Mustjala_vallavalitsus, lk 37
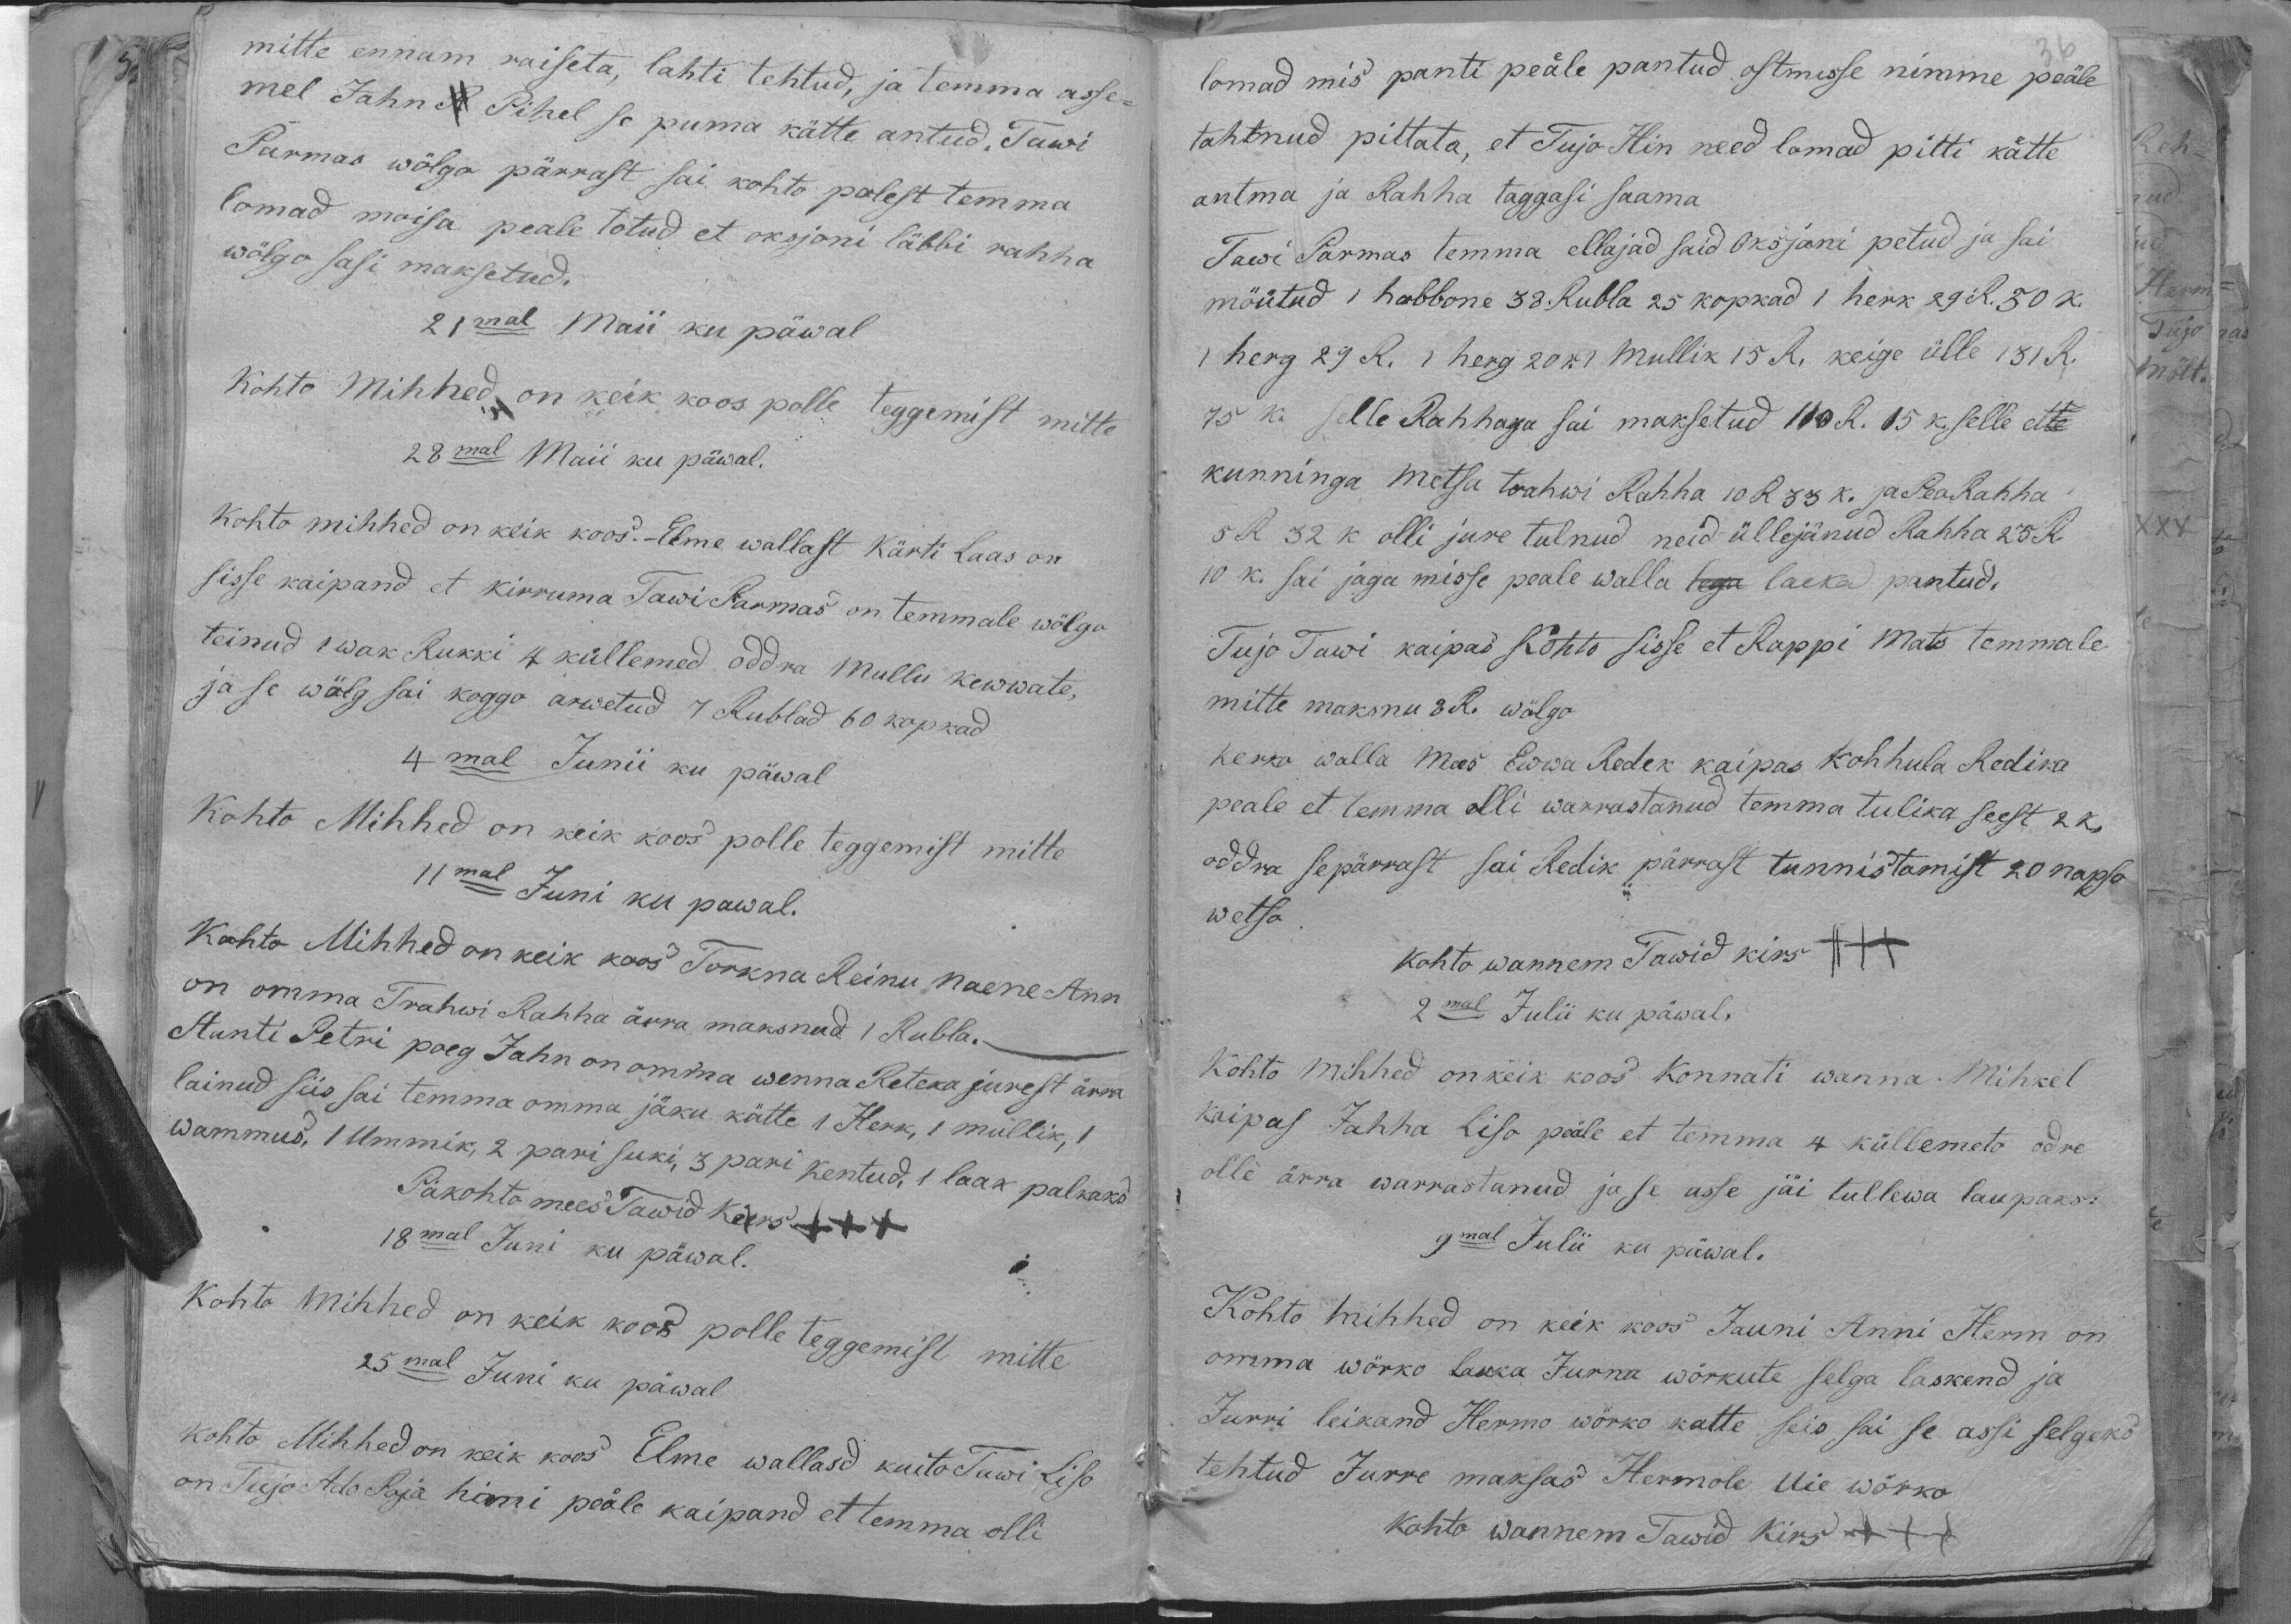
mitte ennam raiseta, lahti tehtud, ja temma asse-
mel Jahn Pihel se puma kätte antud. Tawi
Parmas wölga pärrast sai kohto polest temma
lomad moisa peale totud et oksjoni läbbi rahha
wölgo sasi maksetud.
21mal Maii ku päwal
Kohto Mihhed on keik koos polle teggemist mitte
28mal Maii ku päwal.
kohto mihhed on keik koos.- Elme wallast kärti Laas on
sisse kaipand et kirruma Tawi Parmas on temmale wõlgo
teinud 1 wak Rukki 4 küllemed oddra Mullu kewwate,
ja se wölg sai koggo arwetud 7 Rublad 60 kopkad
4mal Junii ku päwal.
Kohto Mihhed on keik koos polle teggemist mitte
11mal Juni ku päwal.
Kohto Mihhed on keik koos Torkna Reinu naene Ann-
on omma Trahwi Rahha ärra maksnud 1 Rubla.
Aanti Petri poeg Jahn on omma wenna Reteka jurest ärra
lainud siis sai temma omma jäku kätte 1 Herk, 1 mullik, 1
wammus, 1 Ummik, 2 pari suki, 3 pari kentud, 1 laak palkaks
Päkohto mees Tawid Kers +++
18mal Juni ku päwal.
Kohto Mihhed on keik koos polle teggemist mitte
25mal Juni ku päwal
kohto Mihhed on keik koos Elme wallasd kuito Tawi Liso
on Tujo Ado Poja hinni peäle kaipand et temma olli

lomad mis panti peäle pantud ostmisse nimme peäle
tahtnud pittata, et Tujo Hin need lomad pitti kätte
antma ja Rahha taggasi saama.
Tawi Parmas temma ellajad said Oksjoni petud ja sai
möütud 1 hobbone 38. Rubla 25 kopkad 1 herk 29 R. 50 k.
1 herg 29 R. 1 herg 20 k. 1 Mullik 15 R. keige ülle 131 R.
75 k. selle Rahhaga sai maksetud 110 R. 15 k. selle
kunninga metsa trahwi Rahha 10 R 33 k. ja PeaRahha
5 R 32 k olli jure tulnud neid üllejänud Rahha 25 R.
10 k. sai jagamisse peale walla laeka pantud.
Tujo Tawi käipas kohto sisse et Kappi Mats temmale
mitte maksnu 3 R. wölgo
Kerko walla Mees Ewwa Redek kaipas kohhula Redika
peale et temma olli warrastanud temma tulika seest 2 k.
oddra se pärrast sai Redik pärras tunnistamist 20 napso
wetsa
kohto wannem Tawid kirs XXX
2mal Julii ku päwal.
Kohto Mihhed on kõik koos konnati wanna Mihkel
Kaipas Jahha Liso peäle et temma 4 küllemeto odre
olle ärra warrastanud ja se asse jäi tullewa laupaks:
9mal Julii ku päwal.
Kohto mihhed on keik koos Jauni Anni Herm on
omma wörko lakka Jürna wörkute selga laskend ja
Jurri leikand Hermo wörko katte seis sai se assi selgeks
tehtud Jurre maksas Hermole Uie wörko
kohto wannem Tawid kirs +++